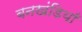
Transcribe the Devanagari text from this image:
बनखंडियाँ